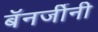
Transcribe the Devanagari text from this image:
बॅनर्जीनी